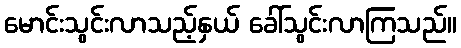
မောင်းသွင်းလာသည့်နှယ် ခေါ်သွင်းလာကြသည်။